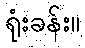
ရုံးခန်း။